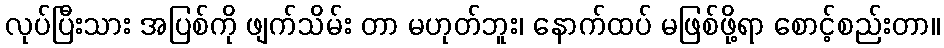
လုပ်ပြီးသား အပြစ်ကို ဖျက်သိမ်း တာ မဟုတ်ဘူး၊ နောက်ထပ် မဖြစ်ဖို့ရာ စောင့်စည်းတာ။